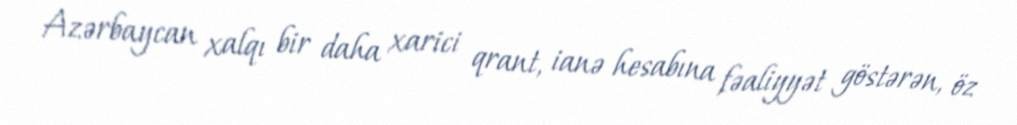
Azərbaycan xalqı bir daha xarici qrant, ianə hesabına fəaliyyət göstərən, öz